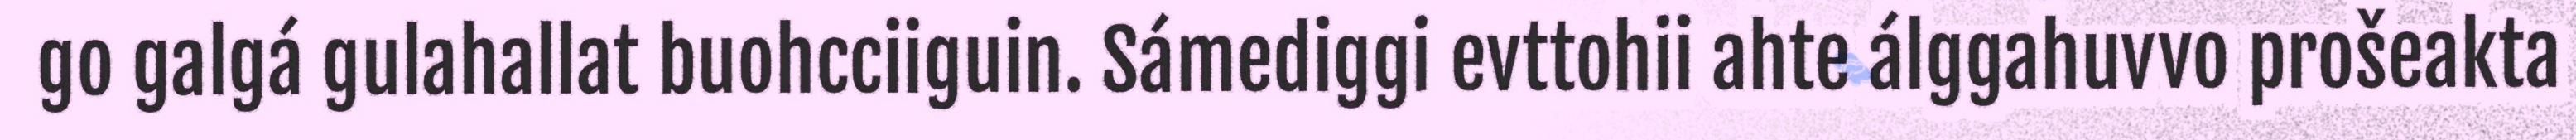
go galgá gulahallat buohcciiguin. Sámediggi evttohii ahte álggahuvvo prošeakta